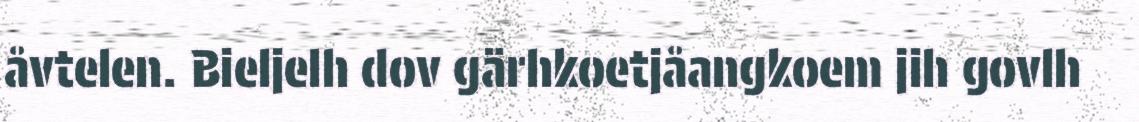
åvtelen. Bieljelh dov gärhkoetjåangkoem jih govlh